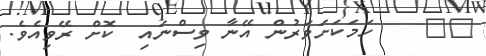
١٨    ހަމަކަށަވަރުން އޭނާ ވިސްނައި  ކޮށް ރޭވިއެވެ.